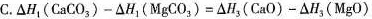
C.$$\Delta H_{1}(CaCO_{3})-\Delta H_{1}(MgCO_{3})=\Delta H_{3}(CaO)-\Delta H_{3}(MgO)$$